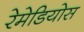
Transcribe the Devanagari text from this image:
रेमेडियोस